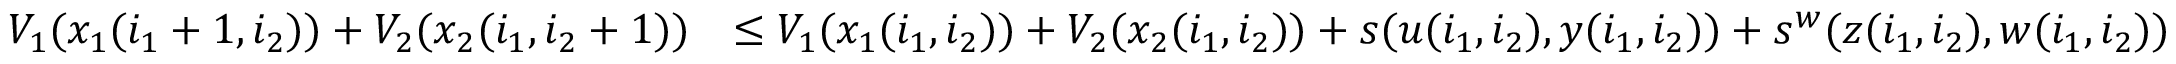
\begin{array} { r l } { V _ { 1 } ( x _ { 1 } ( i _ { 1 } + 1 , i _ { 2 } ) ) + V _ { 2 } ( x _ { 2 } ( i _ { 1 } , i _ { 2 } + 1 ) ) } & { \leq V _ { 1 } ( x _ { 1 } ( i _ { 1 } , i _ { 2 } ) ) + V _ { 2 } ( x _ { 2 } ( i _ { 1 } , i _ { 2 } ) ) + s ( u ( i _ { 1 } , i _ { 2 } ) , y ( i _ { 1 } , i _ { 2 } ) ) + s ^ { w } ( z ( i _ { 1 } , i _ { 2 } ) , w ( i _ { 1 } , i _ { 2 } ) ) } \end{array}